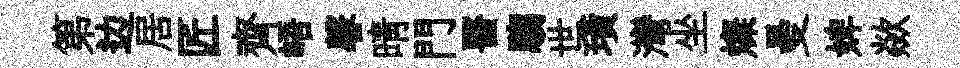
第边居匠齊峿馨晴門醫騶世璜灣坐燦曼婢歘